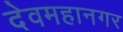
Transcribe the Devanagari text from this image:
देवमहानगर